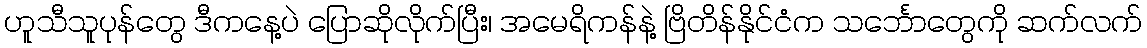
ဟူသီသူပုန်တွေ ဒီကနေ့ပဲ ပြောဆိုလိုက်ပြီး၊ အမေရိကန်နဲ့ ဗြိတိန်နိုင်ငံက သင်္ဘောတွေကို ဆက်လက်